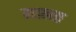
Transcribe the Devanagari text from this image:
मालत